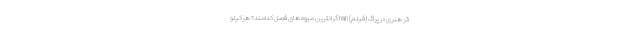
اثر هنری در پراگ (فیلم) nan گرانترین میوه های فصل کدامند؟ هرکیلو